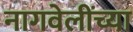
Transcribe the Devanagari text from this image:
नागवेलींच्या